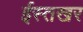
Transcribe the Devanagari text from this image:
ईस्तखर